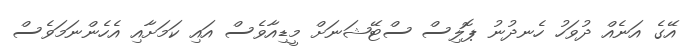
އޭގެ އަނެއް ދުވަހު ހެނދުނު ޕޮލިސް ސްޓޭޝަނަށް މީޑިއާވެސް އައި ކަމަށާއި އެހެންނަމަވެސް